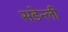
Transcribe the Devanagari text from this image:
सडेन्ली